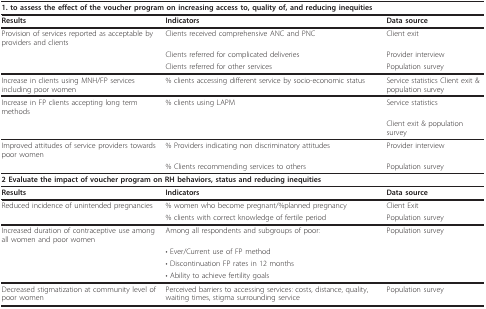
<table><thead><tr><td colspan="3"><b>1. to assess the effect of the voucher program on increasing access to, quality of, and reducing inequities</b></td></tr></thead><tbody><tr><td><b>Results</b></td><td><b>Indicators</b></td><td><b>Data source</b></td></tr><tr><td>Provision of services reported as acceptable by providers and clients</td><td>Clients received comprehensive ANC and PNC</td><td>Client exit</td></tr><tr><td></td><td>Clients referred for complicated deliveries</td><td>Provider interview</td></tr><tr><td></td><td>Clients referred for other services</td><td>Population survey</td></tr><tr><td>Increase in clients using MNH/FP services including poor women</td><td>% clients accessing different service by socio-economic status</td><td>Service statistics Client exit &amp; population survey</td></tr><tr><td>Increase in FP clients accepting long term methods</td><td>% clients using LAPM</td><td>Service statistics</td></tr><tr><td></td><td></td><td>Client exit &amp; population survey</td></tr><tr><td>Improved attitudes of service providers towards poor women</td><td>% Providers indicating non discriminatory attitudes</td><td>Provider interview</td></tr><tr><td></td><td>% Clients recommending services to others</td><td>Population survey</td></tr><tr><td colspan="3"><b>2 Evaluate the impact of voucher program on RH behaviors, status and reducing inequities</b></td></tr><tr><td><b>Results</b></td><td><b>Indicators</b></td><td><b>Data source</b></td></tr><tr><td>Reduced incidence of unintended pregnancies</td><td>% women who become pregnant/%planned pregnancy</td><td>Client Exit</td></tr><tr><td></td><td>% clients with correct knowledge of fertile period</td><td>Population survey</td></tr><tr><td>Increased duration of contraceptive use among all women and poor women</td><td>Among all respondents and subgroups of poor:</td><td>Population survey</td></tr><tr><td></td><td>• Ever/Current use of FP method</td><td></td></tr><tr><td></td><td>• Discontinuation FP rates in 12 months</td><td></td></tr><tr><td></td><td>• Ability to achieve fertility goals</td><td></td></tr><tr><td>Decreased stigmatization at community level of poor women</td><td>Perceived barriers to accessing services: costs, distance, quality, waiting times, stigma surrounding service</td><td>Population survey</td></tr></tbody></table>